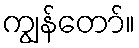
ကျွန်တော်။